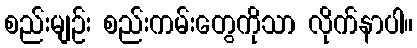
စည်းမျဉ်း စည်းကမ်းတွေကိုသာ လိုက်နာပါ။